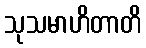
သုသမာဟိတာတိ